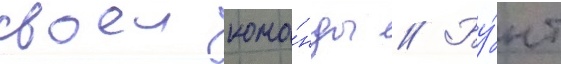
своеи кома́нды // Бу́нт